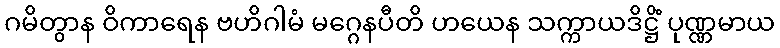
ဂမိတွာန ဝိကာရေန ဗဟိဂါမံ မဂ္ဂေနပီတိ ဟယေန သက္ကာယဒိဋ္ဌိံ ပုဏ္ဏမာယ